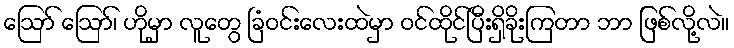
ဪ ဪ၊ ဟိုမှာ လူတွေ ခြံဝင်းလေးထဲမှာ ဝင်ထိုင်ပြီးရှိခိုးကြတာ ဘာ ဖြစ်လို့လဲ။